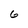
Character: 6